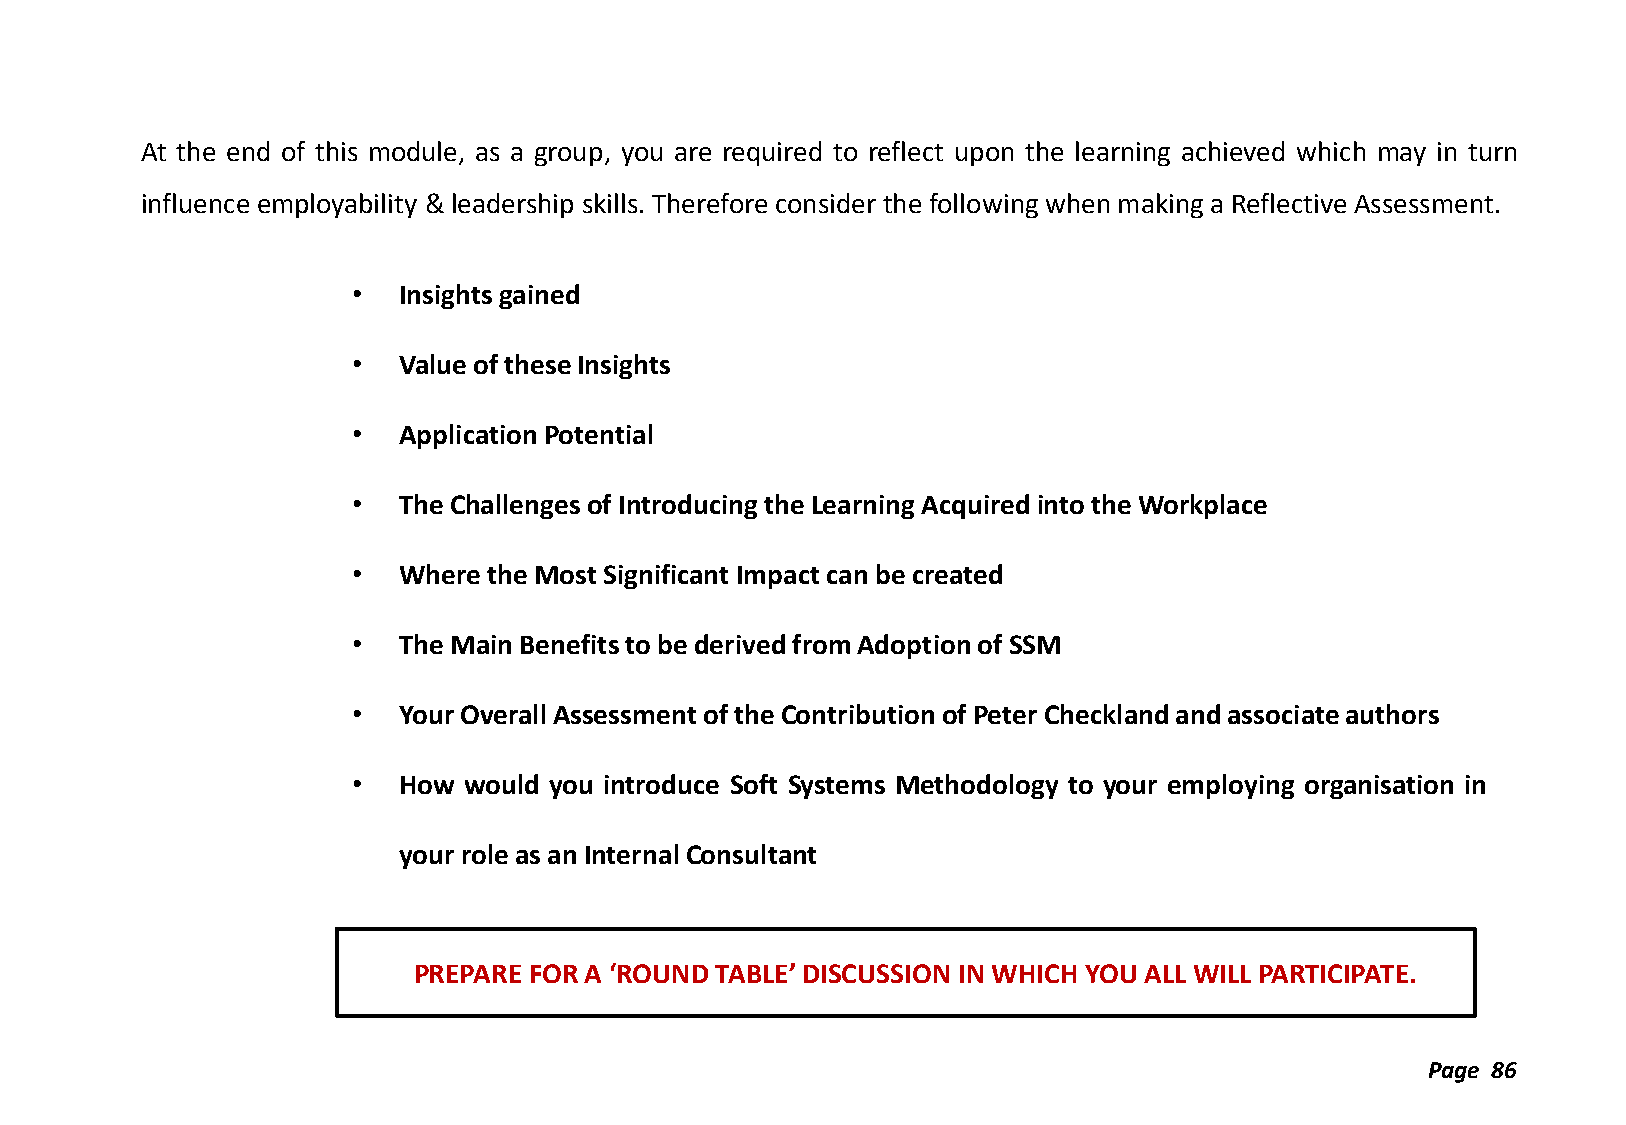
At the end of this module, as a group, you are required to reflect upon the learning achieved which may in turn
 influence employability & leadership skills. Therefore consider the following when making a Reflective Assessment.
 •  Insights gained
 •  Value of these Insights
 •  Application Potential
 •  The Challenges of Introducing the Learning Acquired into the Workplace
 •  Where the Most Significant Impact can be created
 •  The Main Benefits to be derived from Adoption of SSM
 •  Your Overall Assessment of the Contribution of Peter Checkland and associate authors
 •  How  would you introduce Soft Systems Methodology to your employing organisation in
 your role as an Internal Consultant
 PREPARE FOR A ‘ROUND TABLE’ DISCUSSION IN WHICH YOU ALL WILL PARTICIPATE.
 Page 86